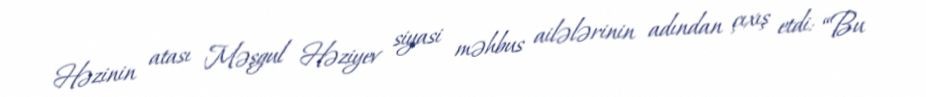
Həzinin atası Məşgul Həziyev siyasi məhbus ailələrinin adından çıxış etdi: “Bu